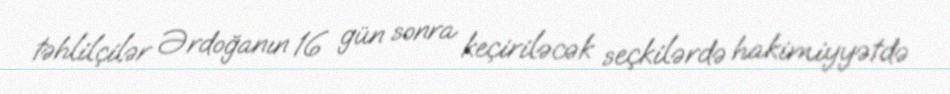
təhlilçilər Ərdoğanın 16 gün sonra keçiriləcək seçkilərdə hakimiyyətdə